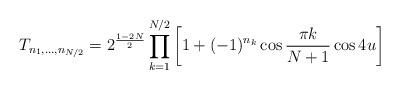
LaTeX: \begin{align*}T_{n_1,\ldots, n_{N/2}}=2^{\frac{1-2N}{2}}\prod_{k=1}^{N/2}\left[1+(-1)^{n_k}\cos \frac{\pi k}{N+1}\cos 4u\right]\end{align*}